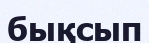
бықсып